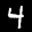
Label: 4